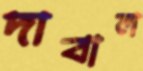
দাবাল